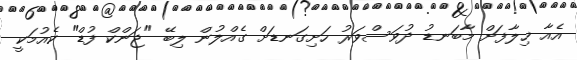
އެއާ ޚިލާފަށް މާބަނޑު ދުވަސްވަރު ހަށިގަނޑަށް ގެއްލުން ލިބޭ "ޖަންކް ފުޑް" ކެއުމަކީ